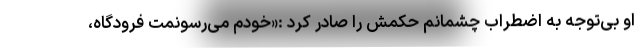
او بی‌توجه به اضطراب چشمانم حکمش را صادر کرد :«خودم می‌رسونمت فرودگاه،